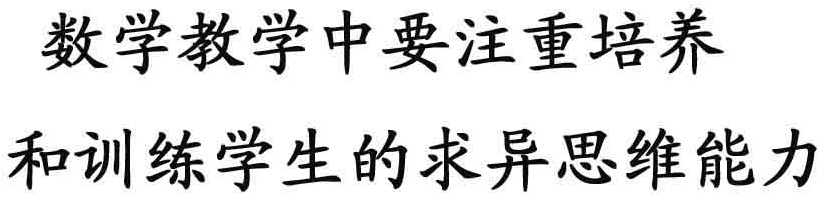
数学教学中要注重培养
和训练学生的求异思维能力